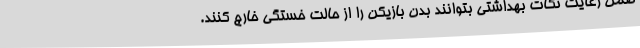
ضمن رعایت نکات بهداشتی بتوانند بدن بازیکن را از حالت خستگی خارج کنند.